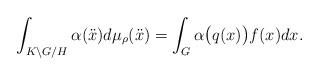
LaTeX: \begin{align*}\int_{K \backslash G / H } \alpha(\ddot{x})d\mu_\rho (\ddot{x})=\int_G \alpha\big(q(x)\big) f(x)dx.\end{align*}